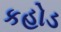
કહોડ